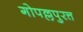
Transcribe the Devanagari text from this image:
गोपल्लपुरत्त